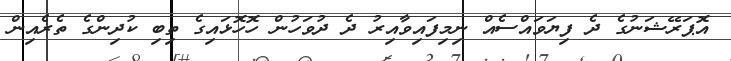
އޮޕަރޭޝަނުގެ ދެ ފިޔަވައްސެއް ނިމިފައިވާއިރު ދެ ދުވަހުން ހޮހޮޅައިގެ ތިބި ކުދިންގެ ތެރެއިން